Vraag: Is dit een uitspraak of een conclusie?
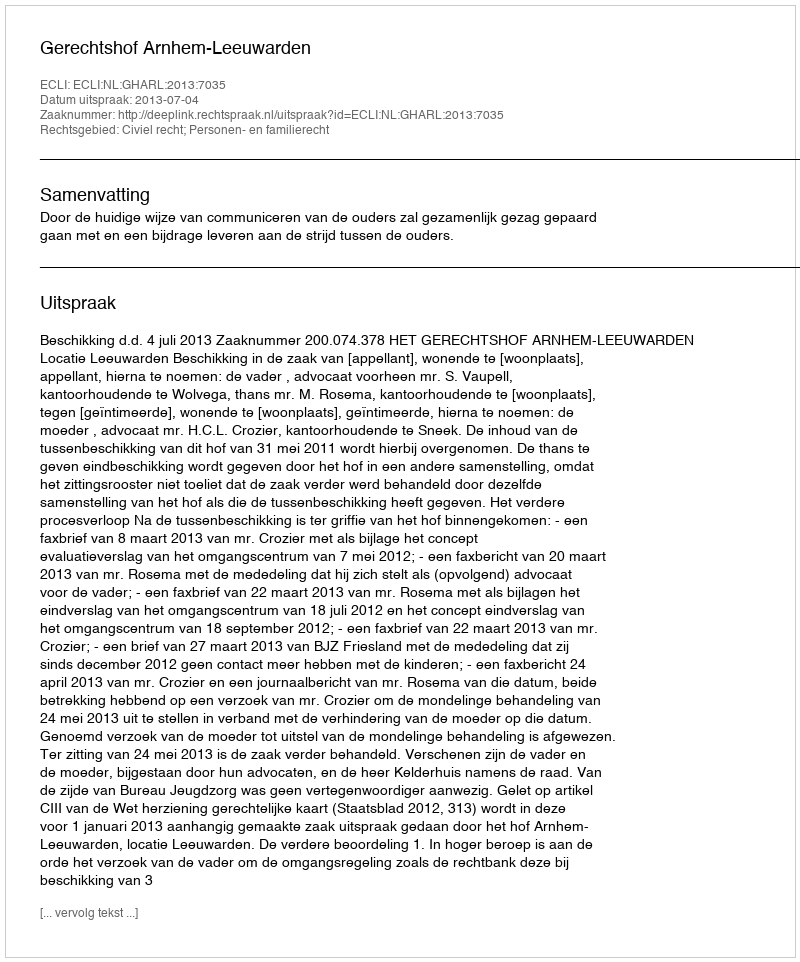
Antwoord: Uitspraak